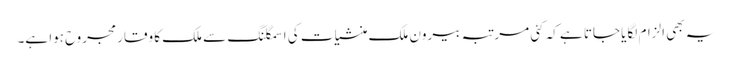
یہ بھی الزام لگایا جاتا ہے کہ کئی مرتبہ بیرونِ ملک منشیات کی اسمگلنگ سے ملک کا وقار مجروح ہوا ہے۔